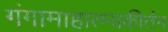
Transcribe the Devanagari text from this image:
गंगामाहात्म्यकीर्तन